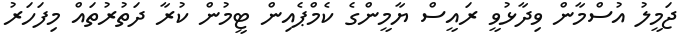
ޖަމީލު އުސްމާން ވިދާޅުވީ ރައީސް ޔާމީންގެ ކެމްޕެއިން ޓީމުން ކުރާ ދަތުރުތައް މިފަހަރު